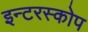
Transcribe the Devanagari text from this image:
इन्टरस्कोप